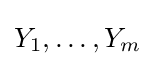
Y_{1},\dots ,Y_{m}